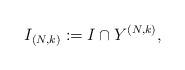
LaTeX: \begin{align*}I_{(N,k)}:=I\cap Y^{(N,k)},\end{align*}